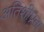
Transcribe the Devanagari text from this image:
अतिशीघ्रता